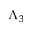
\Lambda _ { 3 }